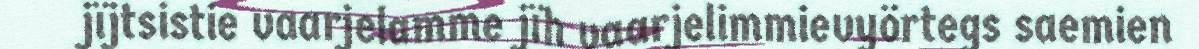
jïjtsistie vaarjelamme jïh vaarjelimmievyörtegs saemien